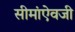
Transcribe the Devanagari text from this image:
सीमांऐवजी